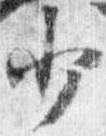
少